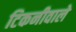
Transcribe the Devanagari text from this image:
टिकनीवाले